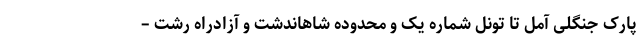
پارک جنگلی آمل تا تونل شماره یک و محدوده شاهاندشت و آزادراه رشت –